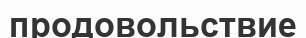
продовольствие